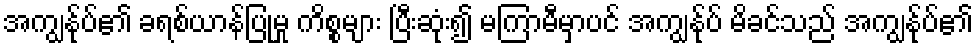
အကျွန်ုပ်၏ ခရစ်ယာန်ပြုမှု ကိစ္စများ ပြီးဆုံး၍ မကြာမီမှာပင် အကျွန်ုပ် မိခင်သည် အကျွန်ုပ်၏